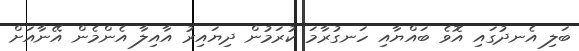
ބަލި އެނދުގައި އޮވެ ބައްޔާއި ހަނގުރާމަ ކުރަމުން ދިޔައިރު އާއިލާ އެންމެން އޭނާއަށް